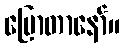
ပြောတာနော်။